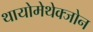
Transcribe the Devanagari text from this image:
थायोमेथेक्‍जोन